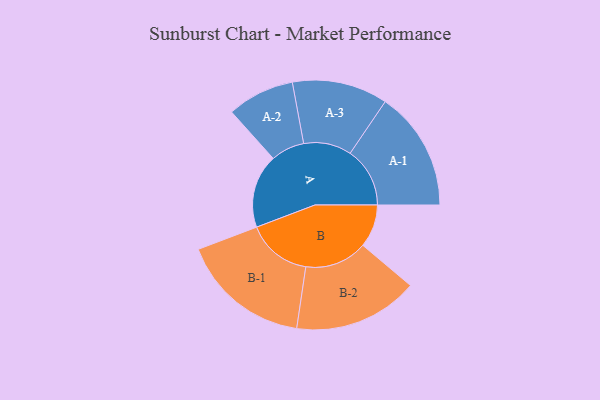
{"axis": {"x": "Segment", "y": "Value"}, "legend": ["", "A", "B"], "data": [{"x": "A", "y": 333, "type": ""}, {"x": "B", "y": 194, "type": ""}, {"x": "A-1", "y": 270, "type": "A"}, {"x": "A-2", "y": 152, "type": "A"}, {"x": "A-3", "y": 216, "type": "A"}, {"x": "B-1", "y": 294, "type": "B"}, {"x": "B-2", "y": 282, "type": "B"}]}